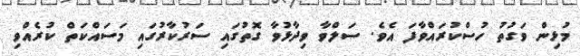
މުޅިން ވަގުތު ހުސްކުރައްވާފަ އެވެ. ސަލްވާ ވިދާޅުވާ ގޮތުގައި ސަރުކާރުގައި މަސައްކަތް ކުރެއްވި